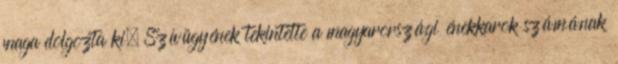
maga dolgozta ki. Szívügyének tekintette a magyarországi énekkarok számának